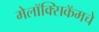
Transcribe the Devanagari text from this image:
मेलॉक्सिकॅमचे